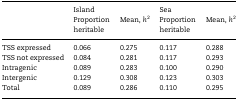
<table><thead><tr><td rowspan="2"></td><td colspan="2"><b>Island</b></td><td colspan="2"><b>Sea</b></td></tr><tr><td><b>Proportion heritable</b></td><td><b>Mean, <i>h</i><sup>2</sup></b></td><td><b>Proportion heritable</b></td><td><b>Mean, <i>h</i><sup>2</sup></b></td></tr></thead><tbody><tr><td>TSS expressed</td><td>0.066</td><td>0.275</td><td>0.117</td><td>0.288</td></tr><tr><td>TSS not expressed</td><td>0.084</td><td>0.281</td><td>0.117</td><td>0.293</td></tr><tr><td>Intragenic</td><td>0.089</td><td>0.283</td><td>0.100</td><td>0.290</td></tr><tr><td>Intergenic</td><td>0.129</td><td>0.308</td><td>0.123</td><td>0.303</td></tr><tr><td>Total</td><td>0.089</td><td>0.286</td><td>0.110</td><td>0.295</td></tr></tbody></table>